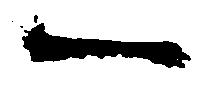
一